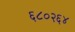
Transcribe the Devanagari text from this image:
६८०२६४